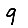
Digit: 9